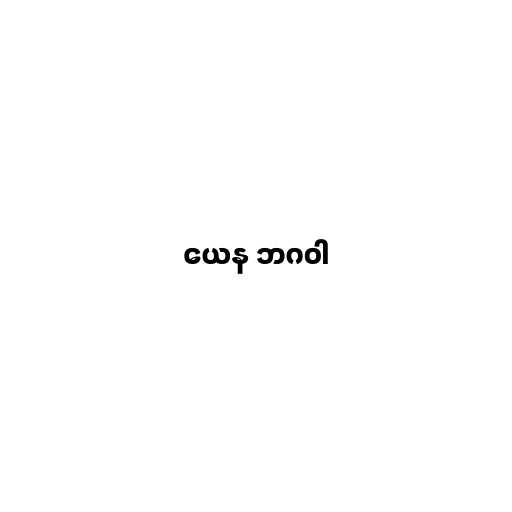
ယေန ဘဂဝါ